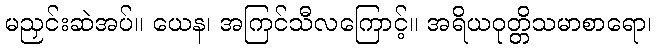
မညှင်းဆဲအပ်။ ယေန၊ အကြင်သီလကြောင့်။ အရိယဝုတ္တိသမာစာရော၊